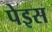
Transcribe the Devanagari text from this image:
पेइस